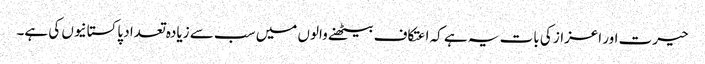
حیرت اور اعزاز کی بات یہ ہے کہ اعتکاف بیٹھنے والوں میں سب سے زیادہ تعداد پاکستانیوں کی ہے۔